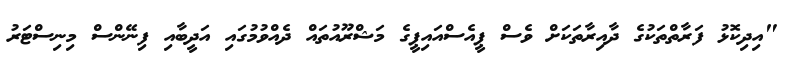
"އިދިކޮޅު ފަރާތްތަކުގެ ދާއިރާތަކަށް ވެސް ޕީއެސްއައިޕީގެ މަޝްރޫއުތައް ދެއްވުމުގައި އަދީބާއި ފިނޭންސް މިނިސްޓަރު